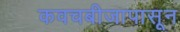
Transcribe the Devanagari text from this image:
कवचबीजापासून